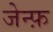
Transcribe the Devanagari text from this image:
जेन्फ़